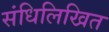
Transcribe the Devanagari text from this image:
संधिलिखित